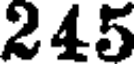
245